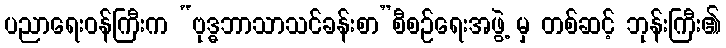
ပညာရေးဝန်ကြီးက “ဗုဒ္ဓဘာသာသင်ခန်းစာ”စီစဉ်ရေးအဖွဲ့ မှ တစ်ဆင့် ဘုန်းကြီး၏